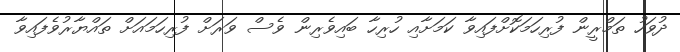
ދުވަހު ތަމްރީން ފުރިހަމަކޮށްފައިވާ ކަމަށާއި ހުރިހާ ބައިވެރިން ވެސް ވަރަށް ފުރިހަމައަށް ތައްޔާރުވެފައިވާ